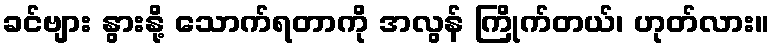
ခင်ဗျား နွားနို့ သောက်ရတာကို အလွန် ကြိုက်တယ်၊ ဟုတ်လား။